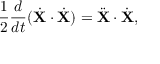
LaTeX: { \frac { 1 } { 2 } } { \frac { d } { d t } } ( { \dot { \mathbf { X } } } \cdot { \dot { \mathbf { X } } } ) = { \ddot { \mathbf { X } } } \cdot { \dot { \mathbf { X } } } ,